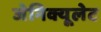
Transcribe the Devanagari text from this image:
जेनिक्यूलेट